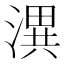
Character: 潩